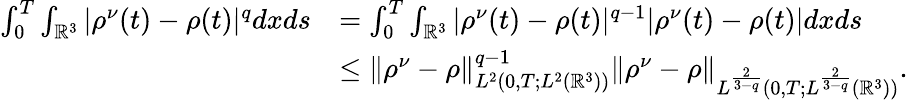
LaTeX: \begin{array}{rl}{\int_{0}^{T}\int_{\mathbb{R}^{3}}|\rho^{\nu}(t)-\rho(t)|^{q}dxds}&{=\int_{0}^{T}\int_{\mathbb{R}^{3}}|\rho^{\nu}(t)-\rho(t)|^{q-1}|\rho^{\nu}(t)-\rho(t)|dxds}\\ &{\leq\| \rho^{\nu}-\rho\| _{L^{2}(0,T;L^{2}(\mathbb{R}^{3}))}^{q-1}\| \rho^{\nu}-\rho\| _{L^{\frac{2}{3-q}}(0,T;L^{\frac{2}{3-q}}(\mathbb{R}^{3}))}.}\end{array}